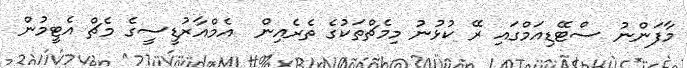
މާފަންނު ސްޓޭޑިއަމްގައި ރޭ ކުޅުނު މިމެޗްތަކުގެ ތެރެއިން  އެމްއާރުޑީސީގެ މެޗް އެޓީމުން